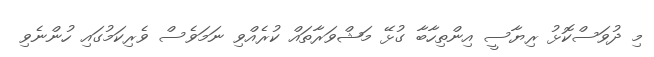
މި ދުވަސްކޮޅު ރިޔާސީ އިންތިހާބާ ގުޅޭ މަޝްވަރާތައް ކުރެއްވި ނަމަވެސް ވެރިކަމުގައި ހުންނެވި